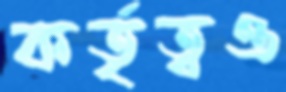
কর্তৃত্বও